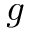
g